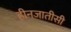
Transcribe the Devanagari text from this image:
हीनजातीसी